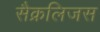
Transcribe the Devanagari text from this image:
सैक्रलिजस